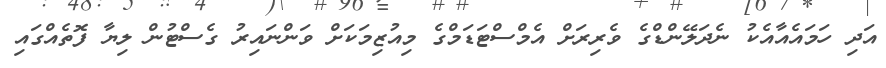
އަދި ހަމައެއާއެކު ނެދަލޭންޑްގެ ވެރިރަށް އެމްސްޓަޑަމްގެ މިއުޒިމަކަށް ވަންނައިރު ގެސްޓުން ލިޔާ ފޮތެއްގައި